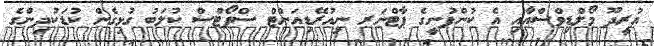
އުރީދޫ މޯލްޑިވްސްއާއި އެ ކުންފުނީގެ ޕާޓްނަރ ނިއުރޭޑިއަންޓް ސްޕޯޓްސް ކުލަބު ގުޅިގެން ކުޑަކުދިންގެ